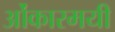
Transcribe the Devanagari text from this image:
ओंकारमयी